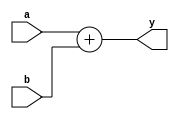
`ifndef _adder_v_
`define _adder_v_ 

module adder(a,b,y);
    input [31:0] a,b;
    output [31:0] y;

assign y = a + b;

endmodule 

`endif